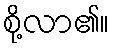
စို့လာ၏။